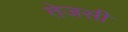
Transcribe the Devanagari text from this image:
तेजसी